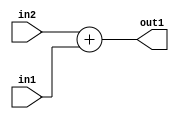
`timescale 1ps / 1ps
/*****************************************************************************
    Verilog RTL Description
    
    
    Created by: CellMath Designer 2019.1.01 
*******************************************************************************/

module bias_add_Add_2Ux1U_2U_1 (
	in2,
	in1,
	out1
	); /* architecture "behavioural" */ 
input [1:0] in2;
input  in1;
output [1:0] out1;
wire [1:0] asc001;

assign asc001 = 
	+(in2)
	+(in1);

assign out1 = asc001;
endmodule

/* CADENCE  urn1Tgg= : u9/ySgnWtBlWxVPRXgAZ4Og= ** DO NOT EDIT THIS LINE ******/